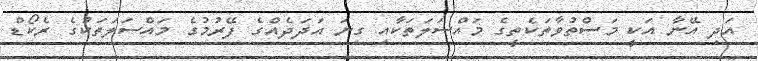
އަދި އޭނާ އަކީ މަސްތުވާތަކެތީގެ މައްސަލަތަކާއި ގިނަ އަދަދެއްގެ ފޭރުމުގެ މައްސަލަތަކުގެ ރެކޯޑް